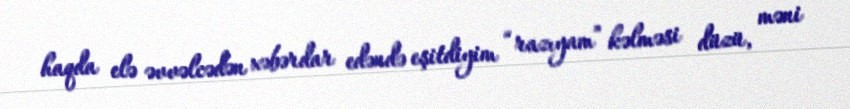
haqda elə əvvəlcədən xəbərdar edəndə eşitdiyim “razıyam” kəlməsi düzü, məni